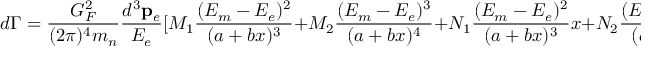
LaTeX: d \Gamma = \frac { G _ { F } ^ { 2 } } { ( 2 \pi ) ^ { 4 } m _ { n } } \frac { d ^ { 3 } { \bf p } _ { e } } { E _ { e } } [ M _ { 1 } \frac { ( E _ { m } - E _ { e } ) ^ { 2 } } { ( a + b x ) ^ { 3 } } + M _ { 2 } \frac { ( E _ { m } - E _ { e } ) ^ { 3 } } { ( a + b x ) ^ { 4 } } + N _ { 1 } \frac { ( E _ { m } - E _ { e } ) ^ { 2 } } { ( a + b x ) ^ { 3 } } x + N _ { 2 } \frac { ( E _ { m } - E _ { e } ) ^ { 3 } } { ( a + b x ) ^ { 4 } } x ] d x ,